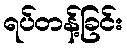
ရပ်တန့်ခြင်း